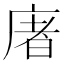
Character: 𢉜